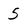
Character: 5